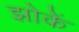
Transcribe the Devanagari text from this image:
झोकें